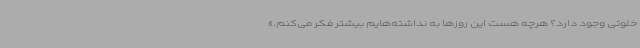
خلوتی وجود دارد؟ هرچه هست این روزها به نداشته‌هایم بیشتر فکر می‌کنم.»